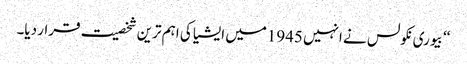
‘‘ بیوری نکولس نے انہیں 1945میں ایشیا کی اہم ترین شخصیت قرار دیا۔